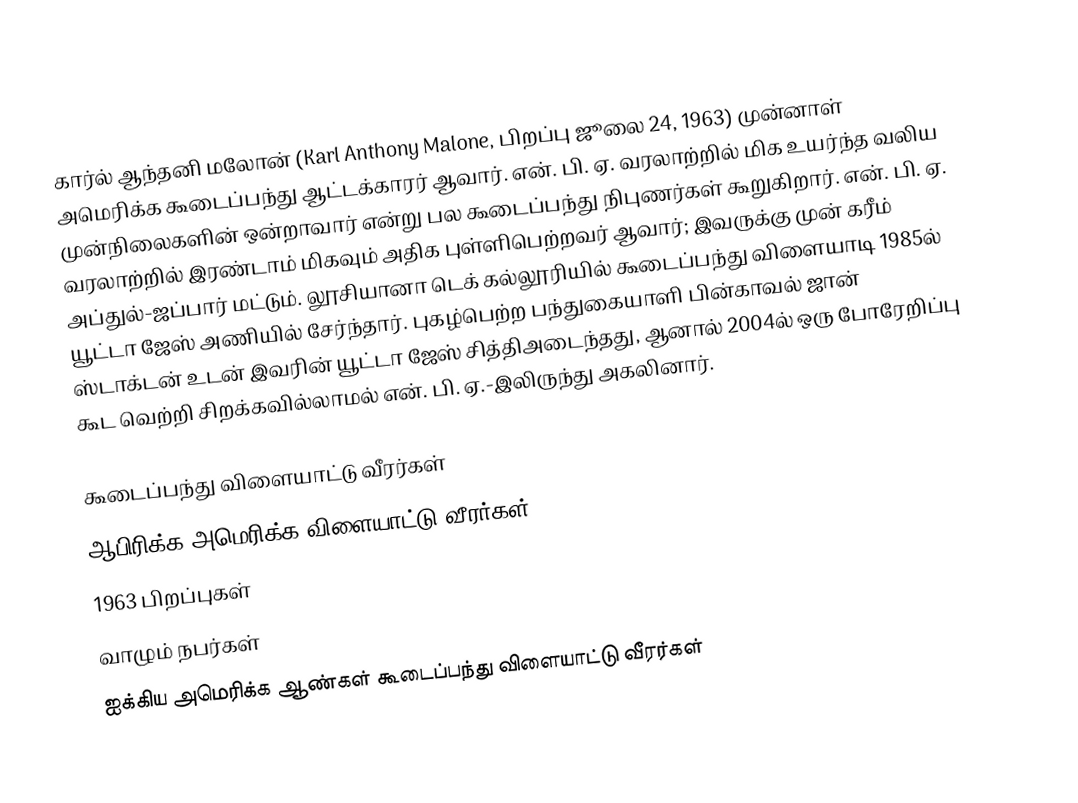
கார்ல் ஆந்தனி மலோன் (Karl Anthony Malone, பிறப்பு ஜூலை 24, 1963) முன்னாள் அமெரிக்க கூடைப்பந்து ஆட்டக்காரர் ஆவார். என். பி. ஏ. வரலாற்றில் மிக உயர்ந்த வலிய முன்நிலைகளின் ஒன்றாவார் என்று பல கூடைப்பந்து நிபுணர்கள் கூறுகிறார். என். பி. ஏ. வரலாற்றில் இரண்டாம் மிகவும் அதிக புள்ளிபெற்றவர் ஆவார்; இவருக்கு முன் கரீம் அப்துல்-ஜப்பார் மட்டும். லூசியானா டெக் கல்லூரியில் கூடைப்பந்து விளையாடி 1985ல் யூட்டா ஜேஸ் அணியில் சேர்ந்தார். புகழ்பெற்ற பந்துகையாளி பின்காவல் ஜான் ஸ்டாக்டன் உடன் இவரின் யூட்டா ஜேஸ் சித்திஅடைந்தது, ஆனால் 2004ல் ஒரு போரேறிப்பு கூட வெற்றி சிறக்கவில்லாமல் என். பி. ஏ.-இலிருந்து அகலினார்.

கூடைப்பந்து விளையாட்டு வீரர்கள்
ஆபிரிக்க அமெரிக்க விளையாட்டு வீரர்கள்
1963 பிறப்புகள்
வாழும் நபர்கள்
ஐக்கிய அமெரிக்க ஆண்கள் கூடைப்பந்து விளையாட்டு வீரர்கள்